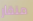
منقار